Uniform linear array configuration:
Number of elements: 64
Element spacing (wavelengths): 1
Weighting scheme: cosine
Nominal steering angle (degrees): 15
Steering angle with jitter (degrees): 15.611
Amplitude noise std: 0.05
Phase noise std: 0.05

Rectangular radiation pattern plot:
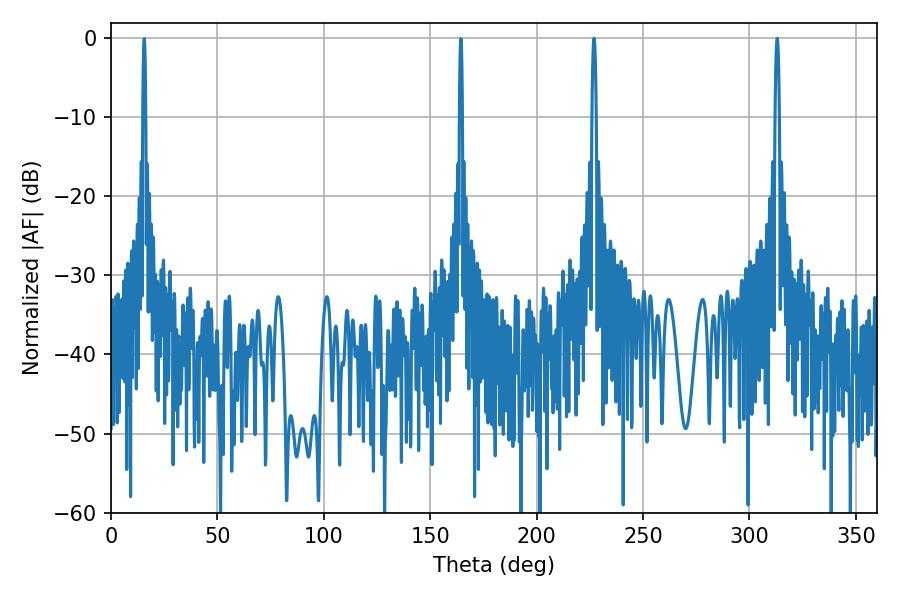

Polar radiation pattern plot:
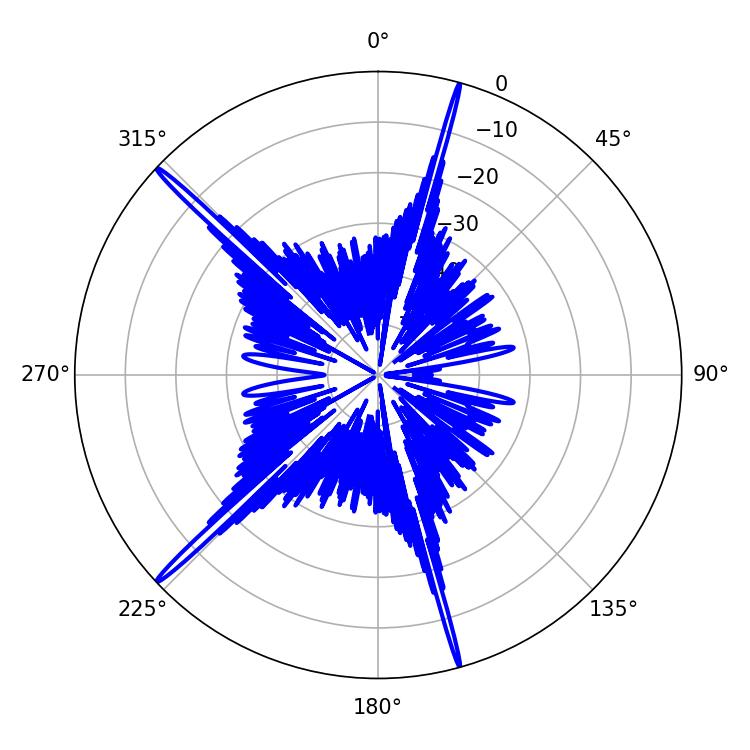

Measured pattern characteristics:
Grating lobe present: TRUE
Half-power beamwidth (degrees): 1.08
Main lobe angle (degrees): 313.02